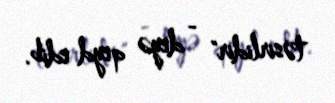
təsirlidir" - deyə qeyd edib.